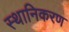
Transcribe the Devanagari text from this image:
स्थानिकरण